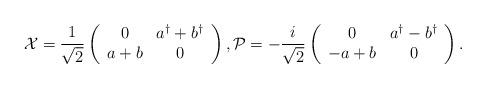
LaTeX: \begin{align*} \mathcal{X} = \frac{1}{\sqrt{2}} \left(\begin{array}{cc} 0 & a^{\dagger}+b^{\dagger} \\ a+b & 0 \end{array}\right), \mathcal{P} = -\frac{i}{\sqrt{2}} \left(\begin{array}{cc} 0 & a^{\dagger}-b^{\dagger} \\ -a+b & 0 \end{array}\right).\end{align*}